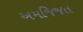
અમજિજત